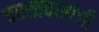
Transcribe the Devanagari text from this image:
दरखदारांची